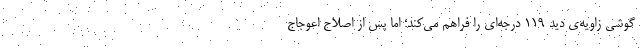
گوشی زاویه‌ی دید ۱۱۹ درجه‌ای را فراهم می‌کند؛ اما پس از اصلاح اعوجاج